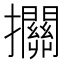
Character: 𢺄